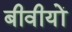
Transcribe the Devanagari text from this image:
बीवीयों